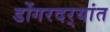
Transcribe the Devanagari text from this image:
डोंगरदर्‍यांत